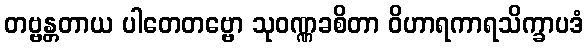
တဗ္ဗန္တတာယ ပါတေတဗ္ဗော သုဝဏ္ဏခစိတာ ဝိဟာရကာရသိက္ခာပဒံ